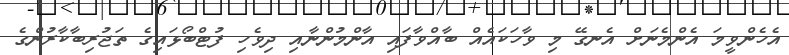
އެހެންވީމަ އެންމެނަށް އެނގޭ މި ވާހަކައެއް ބާއްވާފައި އާންމުންނާއި ދިވެހި ފުޓްބޯޅައިގެ ތަޖުރިބާކާރުންގެ